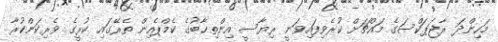
މަހިންދަ ރާޖަޕަކްސަގެ މައްޗަށް ކުރެވިފައިވަނީ ރިޔާސީ އިންތިޚާބުގެ ކެމްޕެއިން ތެރޭގައި ކުރީގެ ވެރިކަންކުރާ